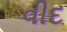
વીદ